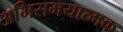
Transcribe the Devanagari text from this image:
अभिसमयात्मक